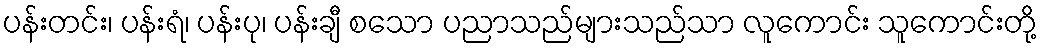
ပန်းတင်း၊ ပန်းရံ၊ ပန်းပု၊ ပန်းချီ စသော ပညာသည်များသည်သာ လူကောင်း သူကောင်းတို့